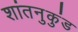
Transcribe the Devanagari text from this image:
शांतनुकुंड